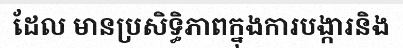
ដែល មានប្រសិទ្ធិភាពក្នុងការបង្ការនិង